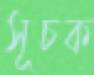
সূচক